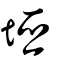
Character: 埡